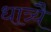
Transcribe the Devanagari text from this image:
धात्र्यै